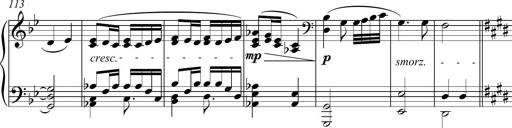
Title: Funeral March and Sonatina
Composer: Thomas Hellemans
Key: C-sharp minor